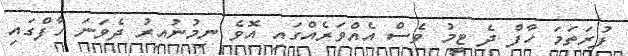
ފުރަތަމަ ހާފް ދެ ޓީމު ވެސް އެއްވަރެއްގައި އޮވެ ނިމުނުއިރު ދެވަނަ ހާފްގައި